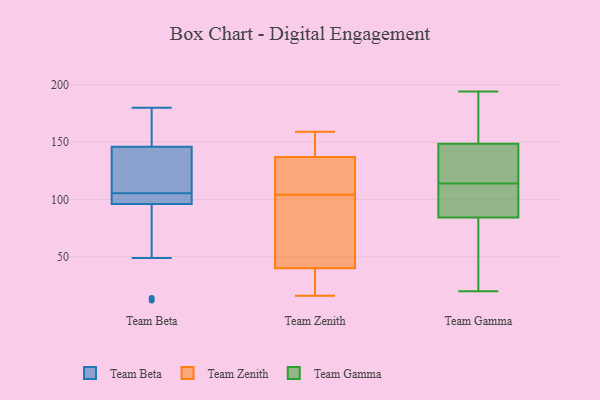
{"axis": {"x": "Bounce Rate (%)", "y": "Value"}, "legend": ["Team Beta", "Team Gamma", "Team Zenith"], "data": [{"x": "", "y": 12, "type": "Team Beta"}, {"x": "", "y": 143, "type": "Team Beta"}, {"x": "", "y": 98, "type": "Team Beta"}, {"x": "", "y": 14, "type": "Team Beta"}, {"x": "", "y": 100, "type": "Team Beta"}, {"x": "", "y": 94, "type": "Team Beta"}, {"x": "", "y": 180, "type": "Team Beta"}, {"x": "", "y": 173, "type": "Team Beta"}, {"x": "", "y": 105, "type": "Team Beta"}, {"x": "", "y": 180, "type": "Team Beta"}, {"x": "", "y": 141, "type": "Team Beta"}, {"x": "", "y": 107, "type": "Team Beta"}, {"x": "", "y": 107, "type": "Team Beta"}, {"x": "", "y": 100, "type": "Team Beta"}, {"x": "", "y": 49, "type": "Team Beta"}, {"x": "", "y": 149, "type": "Team Beta"}, {"x": "", "y": 62, "type": "Team Beta"}, {"x": "", "y": 106, "type": "Team Beta"}, {"x": "", "y": 176, "type": "Team Beta"}, {"x": "", "y": 101, "type": "Team Beta"}, {"x": "", "y": 97, "type": "Team Zenith"}, {"x": "", "y": 111, "type": "Team Zenith"}, {"x": "", "y": 91, "type": "Team Zenith"}, {"x": "", "y": 39, "type": "Team Zenith"}, {"x": "", "y": 118, "type": "Team Zenith"}, {"x": "", "y": 16, "type": "Team Zenith"}, {"x": "", "y": 23, "type": "Team Zenith"}, {"x": "", "y": 159, "type": "Team Zenith"}, {"x": "", "y": 41, "type": "Team Zenith"}, {"x": "", "y": 154, "type": "Team Zenith"}, {"x": "", "y": 120, "type": "Team Zenith"}, {"x": "", "y": 154, "type": "Team Zenith"}, {"x": "", "y": 114, "type": "Team Gamma"}, {"x": "", "y": 124, "type": "Team Gamma"}, {"x": "", "y": 100, "type": "Team Gamma"}, {"x": "", "y": 82, "type": "Team Gamma"}, {"x": "", "y": 79, "type": "Team Gamma"}, {"x": "", "y": 85, "type": "Team Gamma"}, {"x": "", "y": 20, "type": "Team Gamma"}, {"x": "", "y": 127, "type": "Team Gamma"}, {"x": "", "y": 87, "type": "Team Gamma"}, {"x": "", "y": 65, "type": "Team Gamma"}, {"x": "", "y": 186, "type": "Team Gamma"}, {"x": "", "y": 174, "type": "Team Gamma"}, {"x": "", "y": 124, "type": "Team Gamma"}, {"x": "", "y": 194, "type": "Team Gamma"}, {"x": "", "y": 107, "type": "Team Gamma"}, {"x": "", "y": 140, "type": "Team Gamma"}, {"x": "", "y": 191, "type": "Team Gamma"}]}